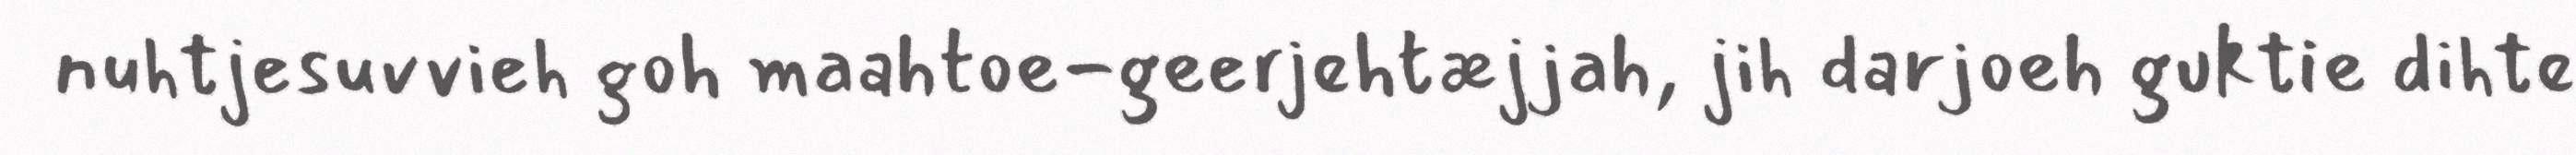
nuhtjesuvvieh goh maahtoe-geerjehtæjjah, jih darjoeh guktie dihte